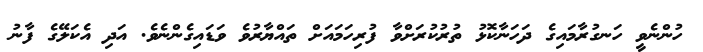
ހުންނެވީ ހަނގުރާމައިގެ ދަހަނާކޮޅު ތުރުކުރަށްވާ ފުރިހަމައަށް ތައްޔާރުވެ ވަޑައިގެންނެވެ. އަދި އެކަލޭގެ ފާނު